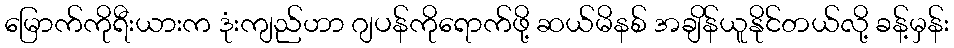
မြောက်ကိုရီးယားက ဒုံးကျည်ဟာ ဂျပန်ကိုရောက်ဖို့ ဆယ်မိနစ် အချိန်ယူနိုင်တယ်လို့ ခန့်မှန်း